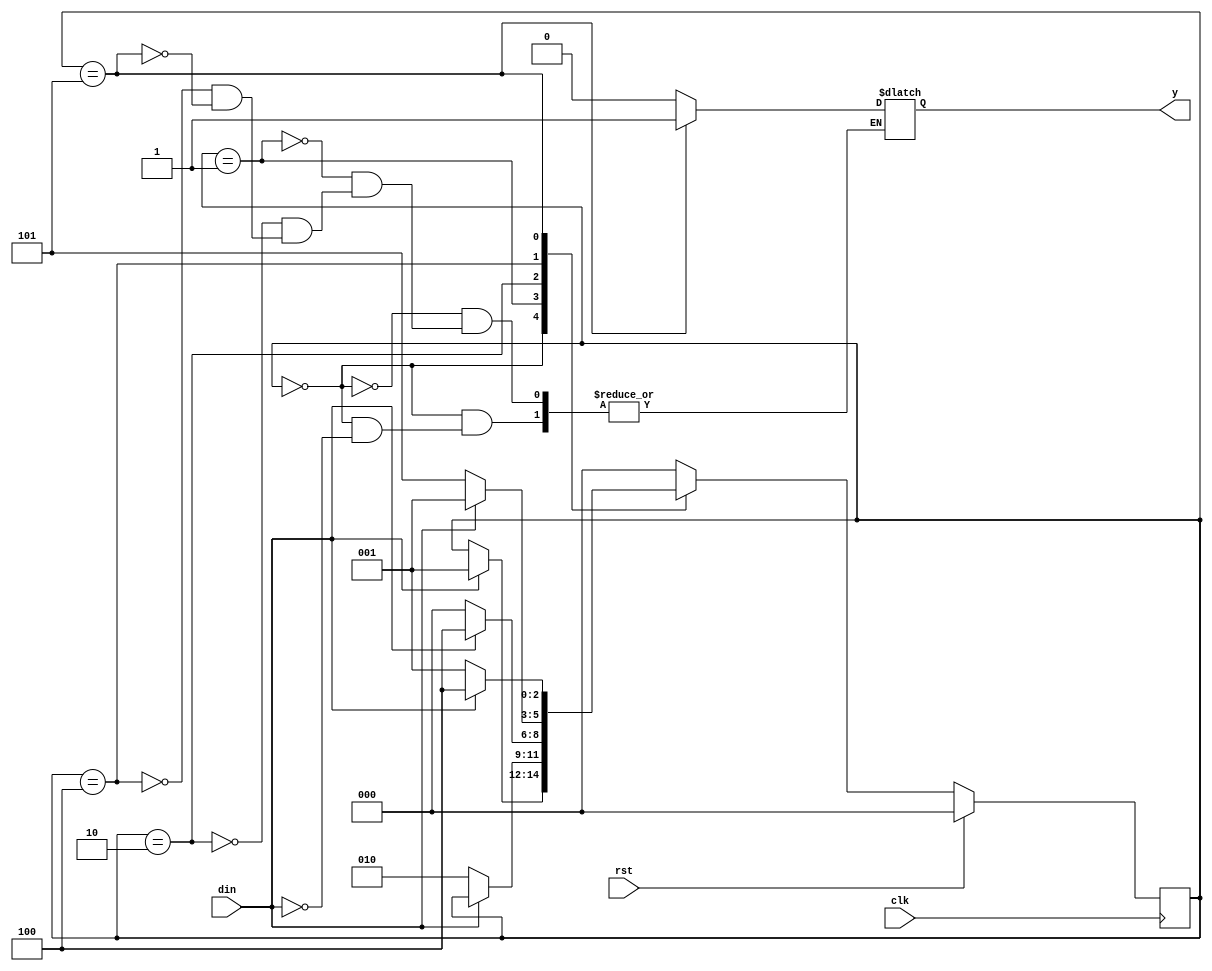
`timescale 1ns / 1ps
//////////////////////////////////////////////////////////////////////////////////
// Company: 
// Engineer: 
// 
// Design Name: 
// Module Name: MOORE_FSM
// Project Name: 
// Target Devices: 
// Tool Versions: 
// Description: 
// 
// Dependencies: 
// 
// Revision:
// Revision 0.01 - File Created
// Additional Comments:
// 
//////////////////////////////////////////////////////////////////////////////////


module MOORE_FSM(
    input din,
    input clk,
    input rst,
    output reg y
    );
    reg [2:0] cst,nst;
    localparam s0=3'b000,
               s1=3'b001,
               s2=3'b010,
               s3=3'b100,
               s4=3'b101;
    always@(cst or din)
    begin 
    case(cst)
    s0 : if(din==1'b1)
        begin
        nst = s1;
        y=1'b0;
        end
      else nst = cst;
      s1 : if(din==1'b0)
              begin
              nst = s2;
              y=1'b0;
              end
      else 
      begin
      nst = cst;
      y=1'b0;
      end
       s2 : if(din==1'b1)
                   begin
                   nst = s3;
                   y=1'b0;
                   end
           else 
           begin
           nst = s0;
           y=1'b0;
           end
        s3 : if(din==1'b0)
                        begin
                        nst = s4;
                        y=1'b0;
                        end
                else 
                begin
                nst = s1;
                y=1'b0;
                end
         s4 : if(din==1'b0)
                             begin
                             nst = s1;
                             y=1'b1;
                             end
                     else 
                     begin
                     nst = s3;
                     y=1'b1;
                     end
          default: nst=s0;
          endcase
          end
          always@(posedge clk)
          begin
          if(rst)
          cst<=s0;
          else
          cst<=nst;
          end
endmodule


module testbench;
reg din,clk,rst;
wire y;
    MOORE_FSM dut(din,clk,rst,y);
    initial
    begin
    $monitor("din=%b clk=%b rst=%b y=%b",din,clk,rst,y);
    end
     always
      begin
      #50   clk = ~clk;
      
    
          
        end
    endmodule